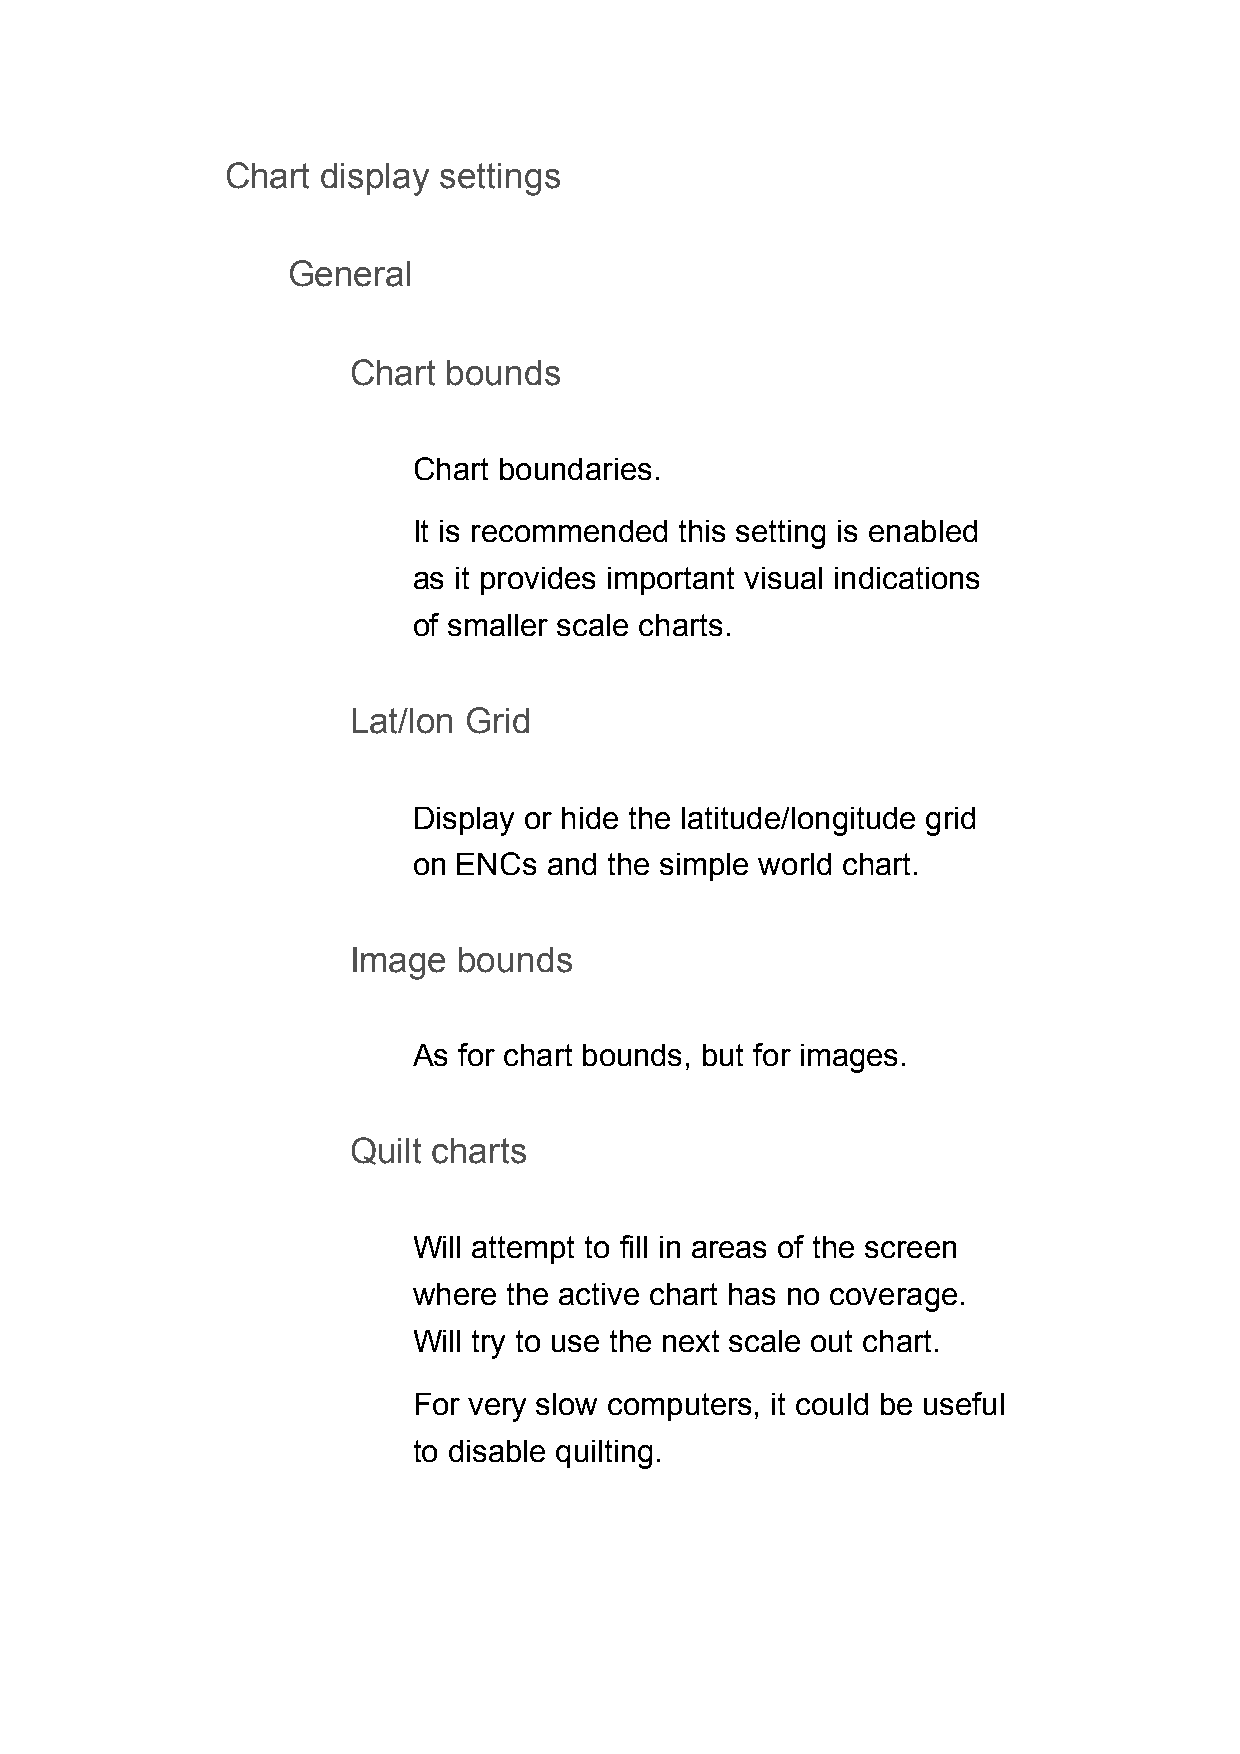
Chart display settings
 General
 Chart  bounds
 Chart boundaries.
 It is recommended this setting is enabled
 as it provides important visual indications
 of smaller scale charts.
 Lat/lon Grid
 Display or hide the latitude/longitude grid
 on ENCs  and the simple world chart.
 Image  bounds
 As for chart bounds, but for images.
 Quilt charts
 Will attempt to fill in areas of the screen
 where  the active chart has no coverage.
 Will try to use the next scale out chart.
 For very slow computers, it could be useful
 to disable quilting.